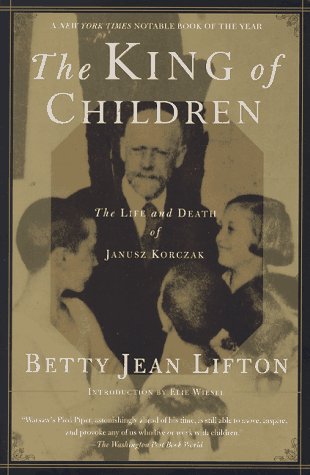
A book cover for The King of Children: The Life and Death of Janusz Korczak; Betty Jean Lifton; Biographies & Memoirs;